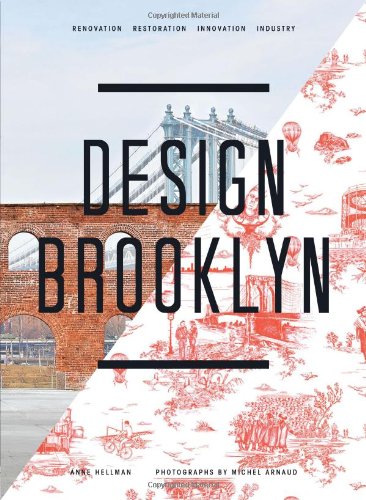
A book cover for Design Brooklyn: Renovation, Restoration, Innovation, Industry; Anne Hellman; Arts & Photography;